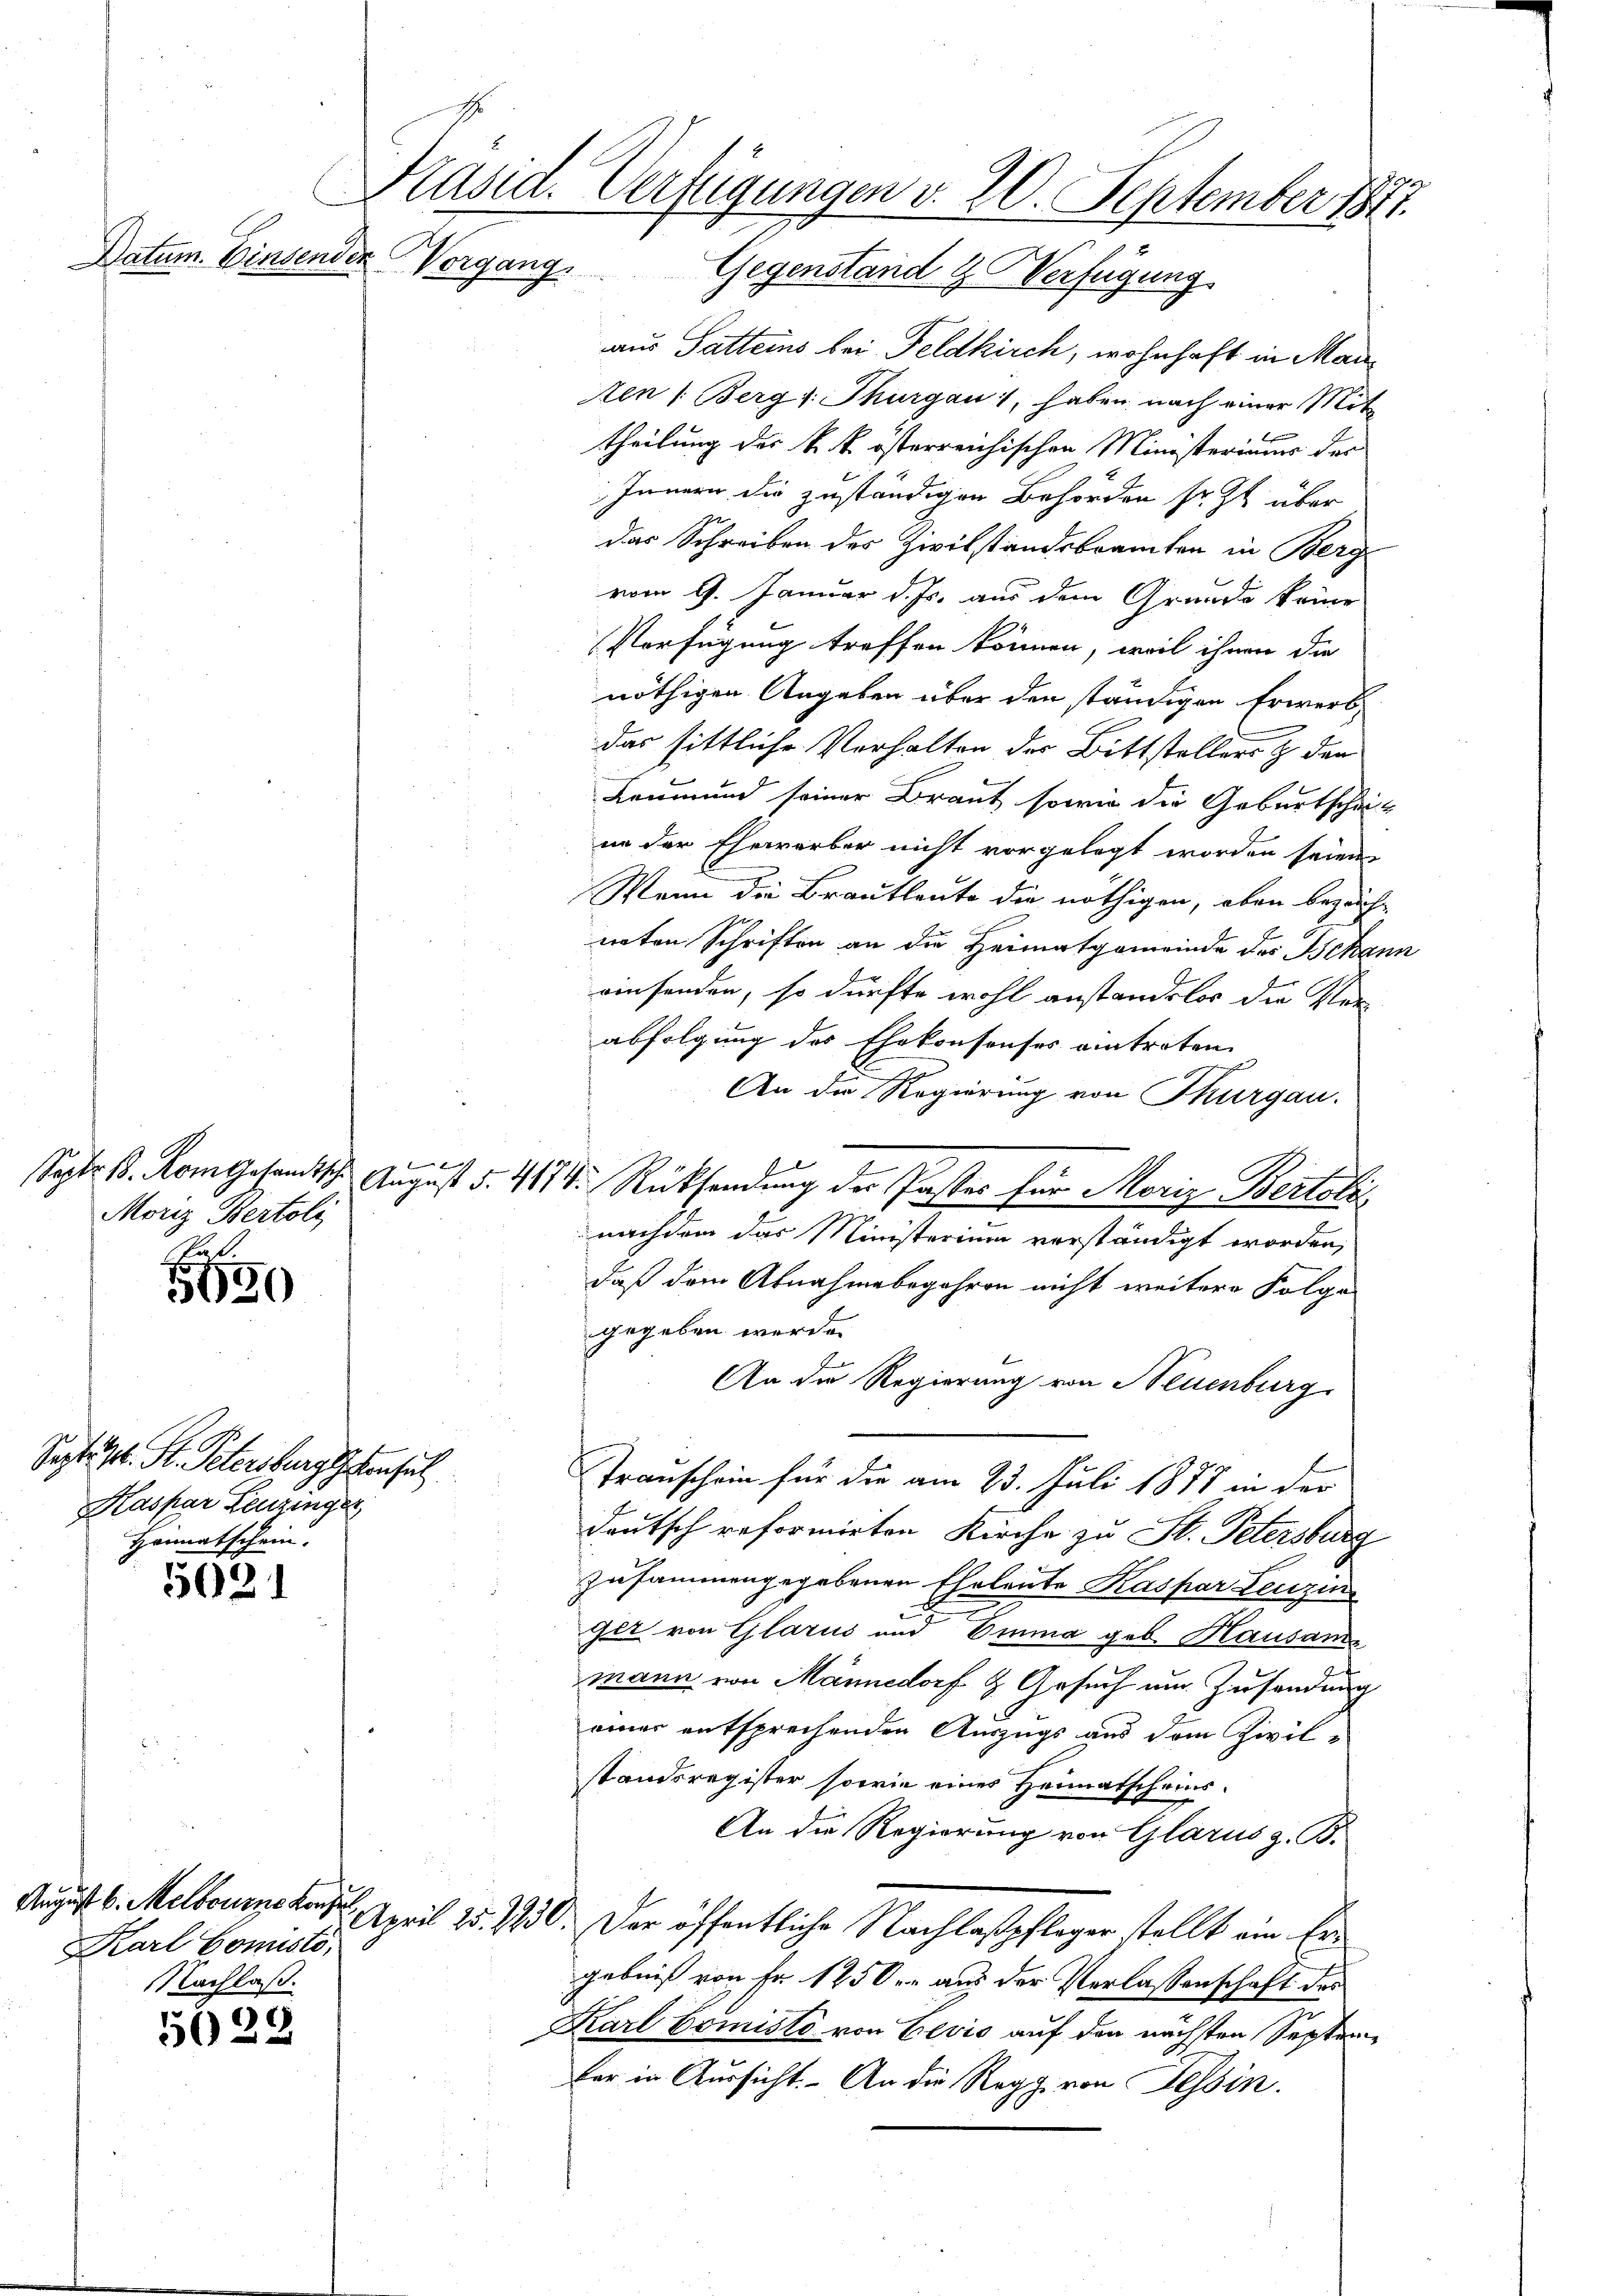
Präsid. Verfügungen v. 20. September 1871.
Datum. Einsender Vorgang
Gegenstand & Verfügung

Moriz Bertolz
at

1650

Saptist. St. Petersburg konsul
Kaspar Leuzinger,
Heimatschein.

5021

5028

August v. Melbourne Konze
Karl Comisto,
NNachlaß.

aus Satteins bei Feldkirch, wohnhaft in Manen /: Bergs. Thurgau 1, haben nach einer Mit-
theilung der k. k. österreichischen Ministeriums der
Innern die zuständigen Behörden sr. Zt. über
das Schreiben des Zwitstandsbeamten in Berg
vom 9. Januar d. Js. aus dem Grunde keine
Verfügung treffen können, weil ihnen die
nöthigen Angaben über den ständigen Erwerbdas sittliche Verhalten der Bittsteller & der
Leumund seiner Braut sowie die Geburtscheit
in der Ehewerber nicht vorgelegt worden seien
Wenn die Brautleute die nöthigen, eben bezeichneten Schriften an die Heimatgemeinde des Bekann
einsenden, so dürfte wohl anstandslos die Ver-
abfolgung des Ehekonsenses eintreten
An die Regierung von Thurgau.
Septer d. Rom gesandtsch. August §. 474 Rücksendung der Paster für Moriz Bertolis
nachdem das Ministerium verständigt worden,
daß dem Abnahmebegehren nicht weitere Folge
gegeben werde.
An die Regierung von Neuenburg
Trauschein für die am 23. Juli 1877 in der
deutsch reformirten Kirche zu St. Petersburg
zusammengegebenen Eheleute Kaspar Leuzin
ger von Glarus und Emma geb. Hausan
mann von Männedorf & Gesuch um Zusendung
einer entsprechenden Auszugs aus dem Zivil-
standsregister sowie eines Heimatscheins¬
An die Regierung von Glarus z. B.
April 25. 1250. Der öffentliche Nachlaßpfleger stellt ein Er
gebniß von Fr. 1250. aus der Verlassenschaft des
Karl Comisto von Levis auf den nächsten Septem
ter in Aussicht. - An die Regg von Tessin.